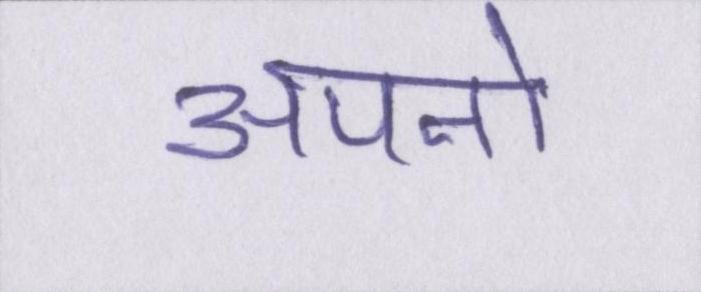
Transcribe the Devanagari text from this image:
अपनो